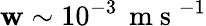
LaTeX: \mathbf{w}\sim10^{-3}\, \mathrm{{~m~s~}}^{-1}